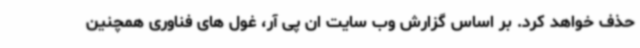
حذف خواهد کرد. بر اساس گزارش وب سایت ان پی آر، غول های فناوری همچنین